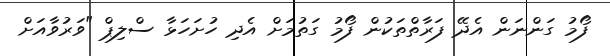
ފޯމު ގަންނަން އެދޭ ފަރާތްތަކުން ފޯމު ގަތުމަށް އެދި ހުށަހަޅާ ސްލިޕް "ވަރުވާއަށް